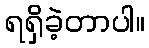
ရရှိခဲ့တာပါ။